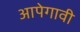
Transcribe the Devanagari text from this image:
आपेगावी